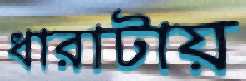
ধারাটায়